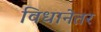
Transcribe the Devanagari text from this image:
विधानेतर